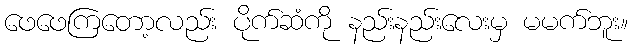
ဖေဖေကြတော့လည်း ပိုက်ဆံကို နည်းနည်းလေးမှ မမက်ဘူး။